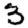
Digit: 3